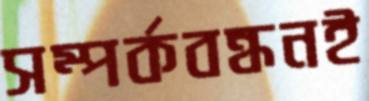
সম্পর্কবন্ধনই